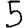
Digit: 5